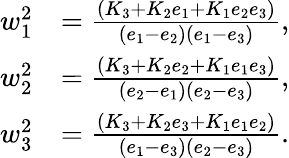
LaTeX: \begin{array}{rl}{w_{1}^{2}}&{=\frac{(K_{3}+K_{2}e_{1}+K_{1}e_{2}e_{3})}{(e_{1}-e_{2})(e_{1}-e_{3})},}\\ {w_{2}^{2}}&{=\frac{(K_{3}+K_{2}e_{2}+K_{1}e_{1}e_{3})}{(e_{2}-e_{1})(e_{2}-e_{3})},}\\ {w_{3}^{2}}&{=\frac{(K_{3}+K_{2}e_{3}+K_{1}e_{1}e_{2})}{(e_{1}-e_{3})(e_{2}-e_{3})}.}\end{array}